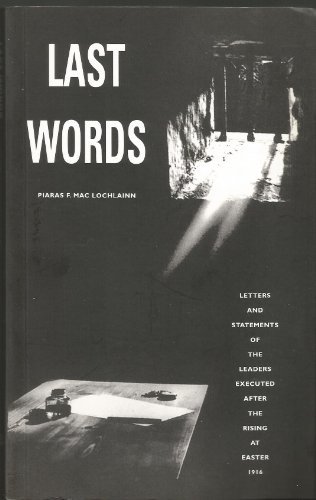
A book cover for Last Words; Piaras Mac Lochlainn; Biographies & Memoirs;